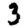
Digit: 3